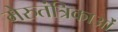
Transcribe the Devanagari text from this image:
मेरुतंत्रिकाओं